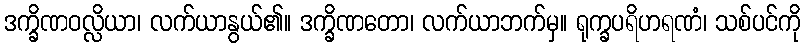
ဒက္ခိဏဝလ္လိယာ၊ လက်ယာနွယ်၏။ ဒက္ခိဏတော၊ လက်ယာဘက်မှ။ ရုက္ခပရိဟရဏံ၊ သစ်ပင်ကို